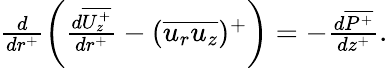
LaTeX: \begin{array}{r}{\frac{d}{dr^{+}}\left(\frac{d\overline{{U_{z}^{+}}}}{dr^{+}}-(\overline{{u_{r}u_{z}}})^{+}\right)=-\frac{d\overline{{P^{+}}}}{dz^{+}}.}\end{array}